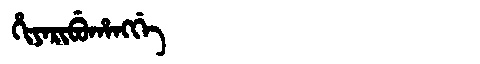
Manchu: ᡥᡳᠶᠠᡵᡳᠪᡠᡥᠠᠩᡤᡝ
Romanization: HIYARIBUHANGGE